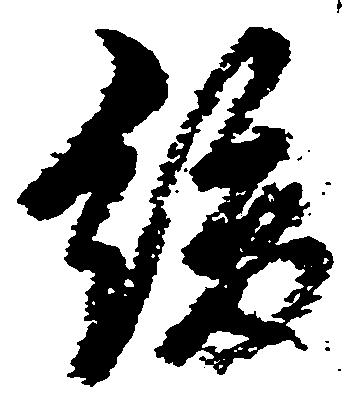
緩